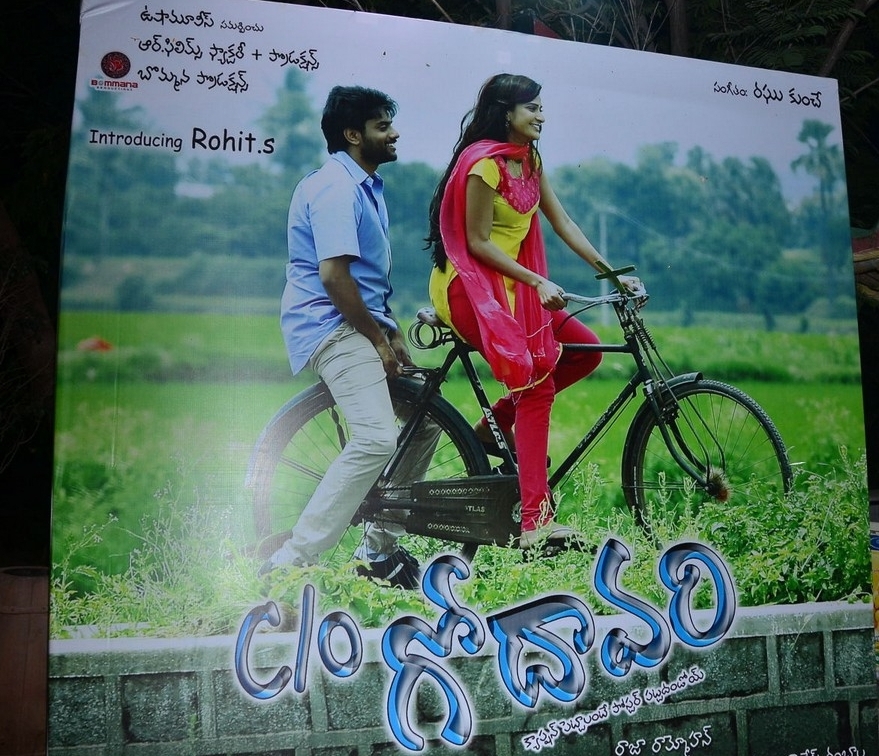
Language: telugu
Transcription: రాజారామెహ్మాన్ గోదావరి సంగీతం: రఘు కుంచే ఫిలిమ్స్ ఫ్యాక్టరీ బొమ్మన పోస్టర్ పెట్టాలంటే సమర్పించు క్యాప్షన్ ప్రొడక్షన్ పట్టదందోయ్